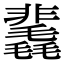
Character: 䩁